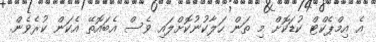
އެ އިމްޕެކްޓް ކުޑަކޮށް މި ތަން ހަލާކުނުކޮށްލައި ވެސް އެބައޮތޭ އެކަން ކުރެވެން.